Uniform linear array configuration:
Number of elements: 24
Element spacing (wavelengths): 1
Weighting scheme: binomial
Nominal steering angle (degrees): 30
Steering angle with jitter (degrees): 28.348
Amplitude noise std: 0.05
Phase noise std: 0.05

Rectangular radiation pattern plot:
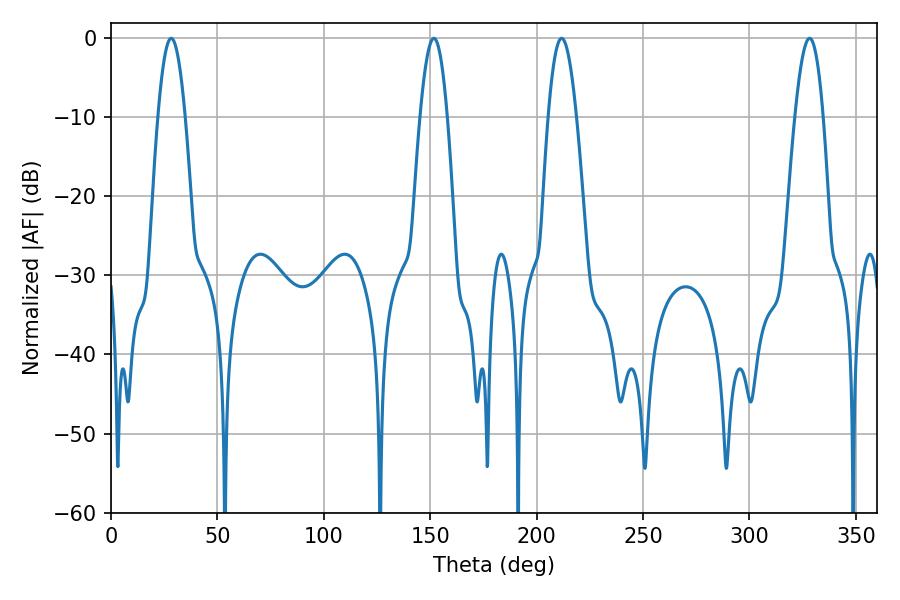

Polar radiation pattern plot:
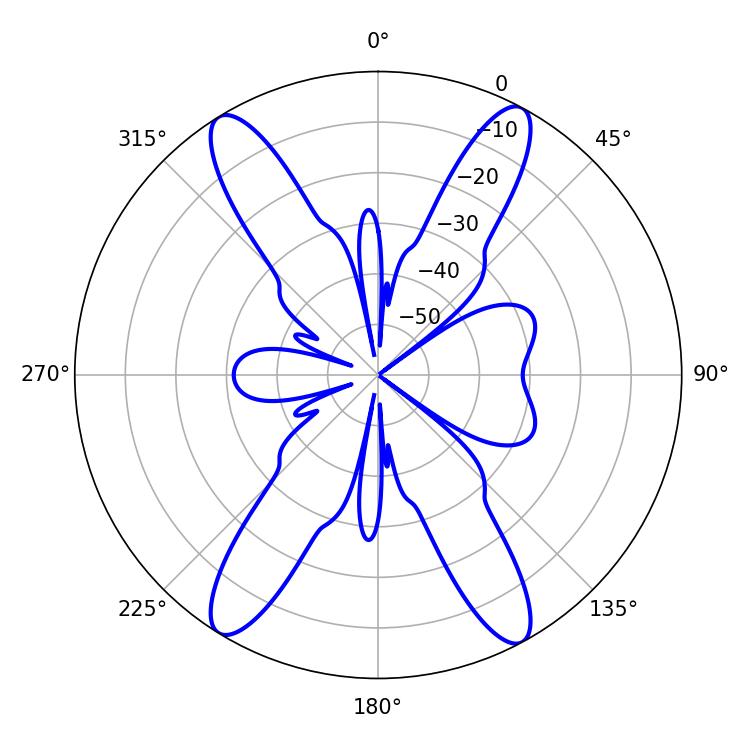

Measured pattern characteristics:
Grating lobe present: TRUE
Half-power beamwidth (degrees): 7.02
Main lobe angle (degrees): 28.26